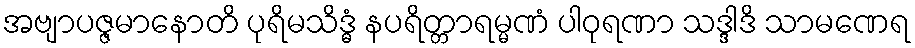
အဗျာပဇ္ဇမာနောတိ ပုရိမသိဒ္ဓံ နပရိတ္တာရမ္မဏံ ပါဝုရဏာ သဒ္ဒါဒိ သာမဏေရ